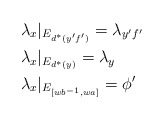
\begin{align*}&\lambda_x|_{E_{d^*(y'f')}}=\lambda_{y'f'} \\&\lambda_x|_{E_{d^*(y)}} = \lambda_y \\&\lambda_x|_{E_{[wb^{-1}, wa]}}= \phi'\end{align*}